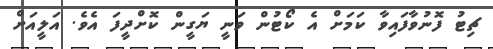
ޗިޓު ފޮނުވާފައިވާ ކަމަށް އެ ކޯޓުން ވަނީ ޔަގީން ކޮށްދީފަ އެވެ. އަލީއަށް